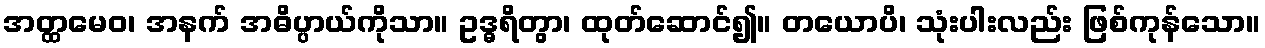
အတ္ထမေဝ၊ အနက် အဓိပ္ပာယ်ကိုသာ။ ဥဒ္ဓရိတွာ၊ ထုတ်ဆောင်၍။ တယောပိ၊ သုံးပါးလည်း ဖြစ်ကုန်သော။